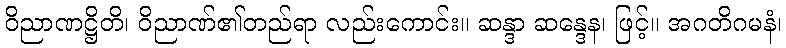
ဝိညာဏဋ္ဌိတိ၊ ဝိညာဏ်၏တည်ရာ လည်းကောင်း။ ဆန္ဒာ ဆန္ဒေန၊ ဖြင့်။ အဂတိဂမနံ၊